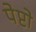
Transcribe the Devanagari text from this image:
पेप्टो